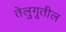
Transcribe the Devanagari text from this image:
तेलुगूतील